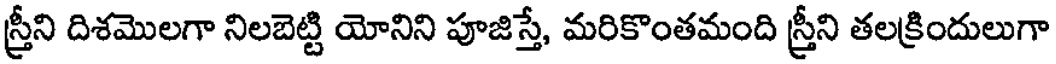
స్త్రీని దిశమొలగా నిలబెట్టి యోనిని పూజిస్తే, మరికొంతమంది స్త్రీని తలక్రిందులుగా